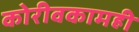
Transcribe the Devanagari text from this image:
कोरीवकामही